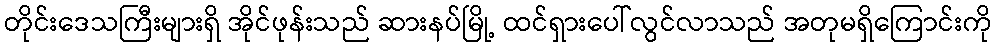
တိုင်းဒေသကြီးများရှိ အိုင်ဖုန်းသည် ဆားနပ်မြို့ ထင်ရှားပေါ်လွင်လာသည် အတုမရှိကြောင်းကို